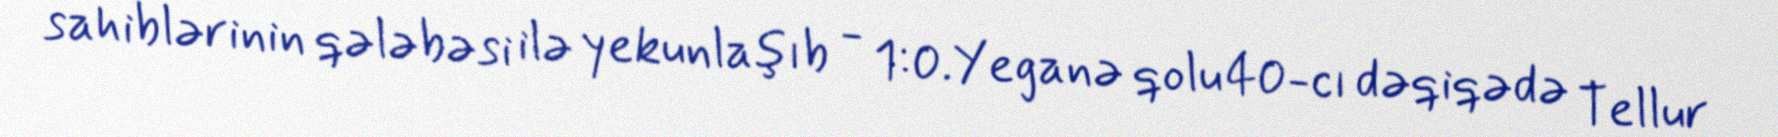
sahiblərinin qələbəsi ilə yekunlaşıb - 1:0.Yeganə qolu 40-cı dəqiqədə Tellur